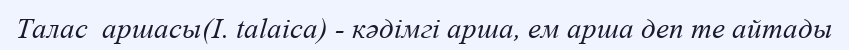
Талас  аршасы(І. talaіca) - кәдімгі арша, ем арша деп те айтады